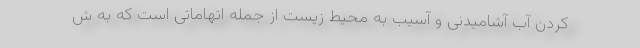
کردن آب آشامیدنی و آسیب به محیط زیست از جمله اتهاماتی است که به ش